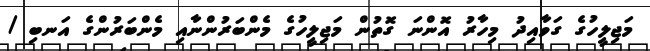
މަޖިލީހުގެ ގަވާއިދު މިހާރު އޮންނަ ގޮތުން މަޖިލީހުގެ މެންބަރުންނާއި މެންބަރުންގެ އަނބި /